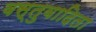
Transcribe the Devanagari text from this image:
वस्तुवादिता